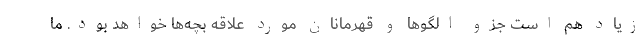
زیاد هم است جزو الگوها و قهرمانان مورد علاقه بچه‌ها خواهد بود. ما